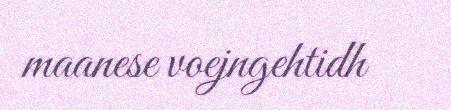
maanese voejngehtidh